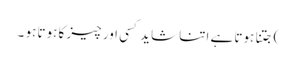
) جتنا ہوتا ہے اتنا شاید کسی اور چیز کا ہوتا ہو ۔